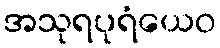
အသုရပုရံယေဝ